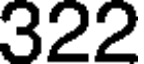
322